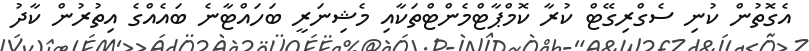
އެގޮތުން ކުނި ސެގްރިގޭޓް ކުރާ ކޮމްޕާޓްމެންޓްތަކާއި މެޝިނަރީ ބަހައްޓާނެ ބައެއްގެ އިތުރުން ކާދު